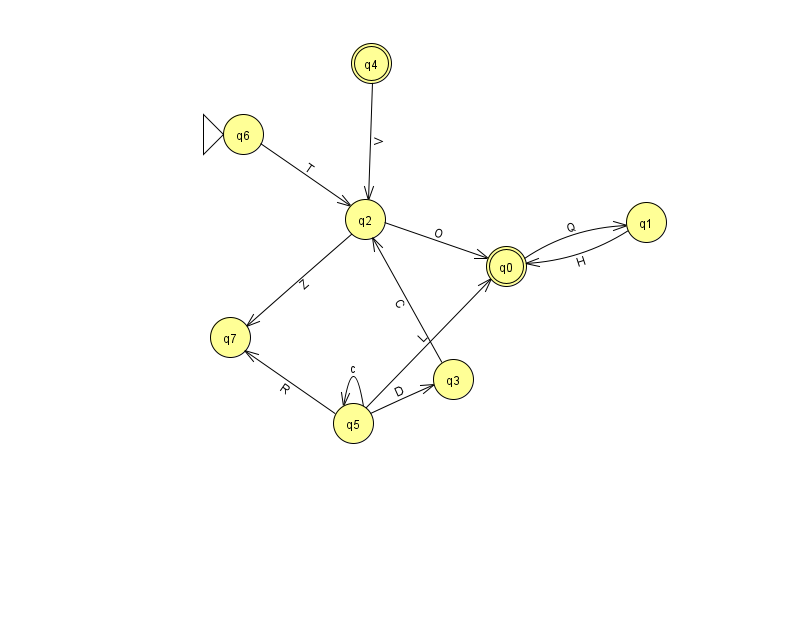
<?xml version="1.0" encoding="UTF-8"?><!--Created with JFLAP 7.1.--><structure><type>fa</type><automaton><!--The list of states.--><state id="0" name="q0"><x>506.0</x><y>253.0</y><final/></state><state id="1" name="q1"><x>646.0</x><y>209.0</y></state><state id="2" name="q2"><x>365.0</x><y>206.0</y></state><state id="3" name="q3"><x>453.0</x><y>366.0</y></state><state id="4" name="q4"><x>371.0</x><y>50.0</y><final/></state><state id="5" name="q5"><x>353.0</x><y>410.0</y></state><state id="6" name="q6"><x>243.0</x><y>121.0</y><initial/></state><state id="7" name="q7"><x>230.0</x><y>324.0</y></state><!--The list of transitions.--><transition><from>5</from><to>0</to><read>L</read></transition><transition><from>4</from><to>2</to><read>V</read></transition><transition><from>0</from><to>1</to><read>Q</read></transition><transition><from>5</from><to>5</to><read>c</read></transition><transition><from>2</from><to>0</to><read>O</read></transition><transition><from>5</from><to>7</to><read>R</read></transition><transition><from>2</from><to>7</to><read>Z</read></transition><transition><from>3</from><to>2</to><read>C</read></transition><transition><from>5</from><to>3</to><read>D</read></transition><transition><from>6</from><to>2</to><read>T</read></transition><transition><from>1</from><to>0</to><read>H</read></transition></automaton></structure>